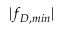
| f _ { D , m i n } |